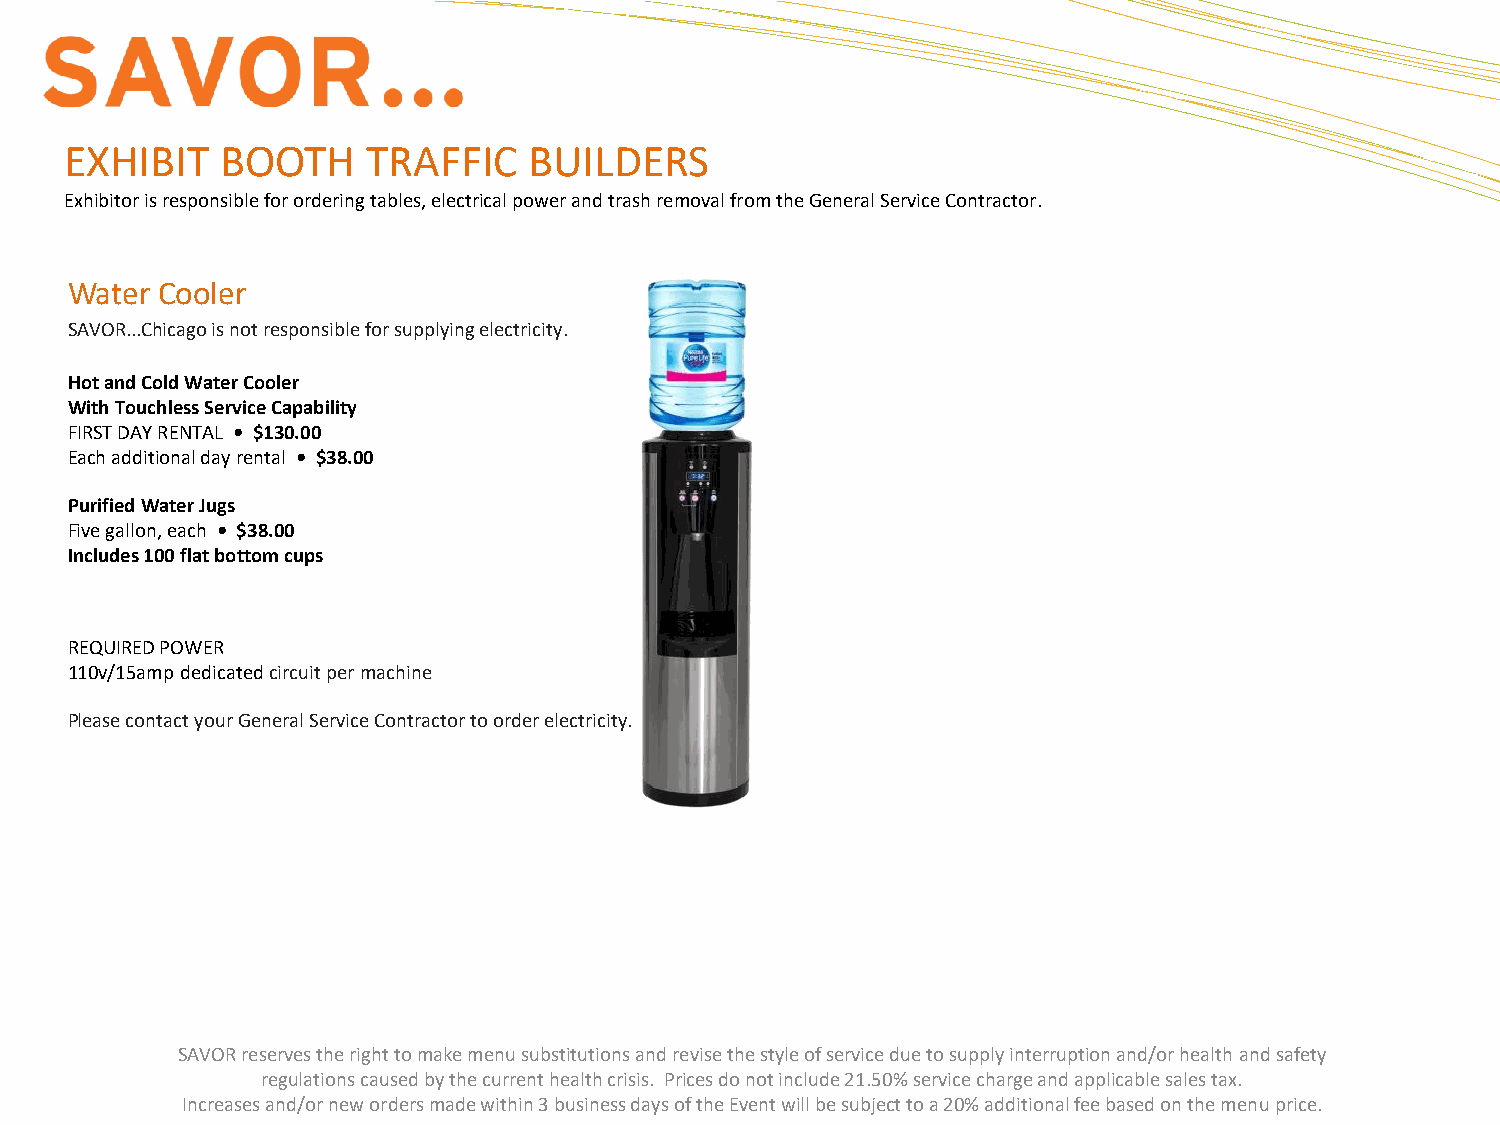
EXHIBIT    BOOTH    TRAFFIC    BUILDERS
 Exhibitor is responsible for ordering tables, electrical power and trash removal from the General Service Contractor.
 Water Cooler
 SAVOR...Chicago is not responsible for supplying electricity.
 Hot and Cold Water Cooler
 With Touchless Service Capability
 FIRST DAY RENTAL • $130.00
 Each additional day rental • $38.00
 Purified Water Jugs
 Five gallon, each • $38.00
 Includes 100 flat bottom cups
 REQUIRED POWER
 110v/15amp dedicatedcircuit per machine
 Please contact your General Service Contractor to order electricity.
 SAVOR reserves the right to make menu substitutions and revise the style of service due to supply interruption and/or health andsafety
 regulations caused by the current health crisis. Prices do not include 21.50% service charge and applicable sales tax.
 Increases and/or new orders made within 3 business days of the Event will be subject to a 20% additional fee based on the menu price.